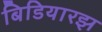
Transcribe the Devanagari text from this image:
बिडियारझ